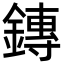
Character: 鏄